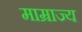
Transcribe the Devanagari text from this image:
माम्राज्य